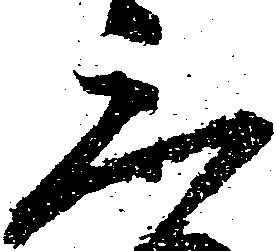
三